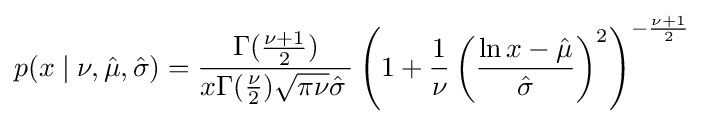
p(x\mid \nu ,{\hat {\mu }},{\hat {\sigma }})={\frac {\Gamma ({\frac {\nu +1}{2}})}{x\Gamma ({\frac {\nu }{2}}){\sqrt {\pi \nu }}{\hat {\sigma }}\,}}\left(1+{\frac {1}{\nu }}\left({\frac {\ln x-{\hat {\mu }}}{\hat {\sigma }}}\right)^{2}\right)^{-{\frac {\nu +1}{2}}}